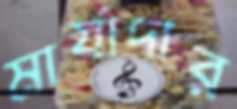
মার্যাদার